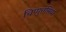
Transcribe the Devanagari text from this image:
चिप्पुत्तसिया